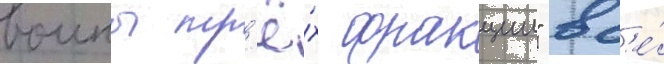
воины тр'ё́х фракции" вс'е́